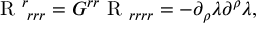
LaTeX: \mathrm { \boldmath { ~ R ~ } } _ { \, \, r r r } ^ { r } = G ^ { r r } \mathrm { \boldmath { ~ R ~ } } _ { r r r r } = - \partial _ { \rho } \lambda \partial ^ { \rho } \lambda ,